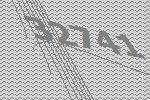
32741